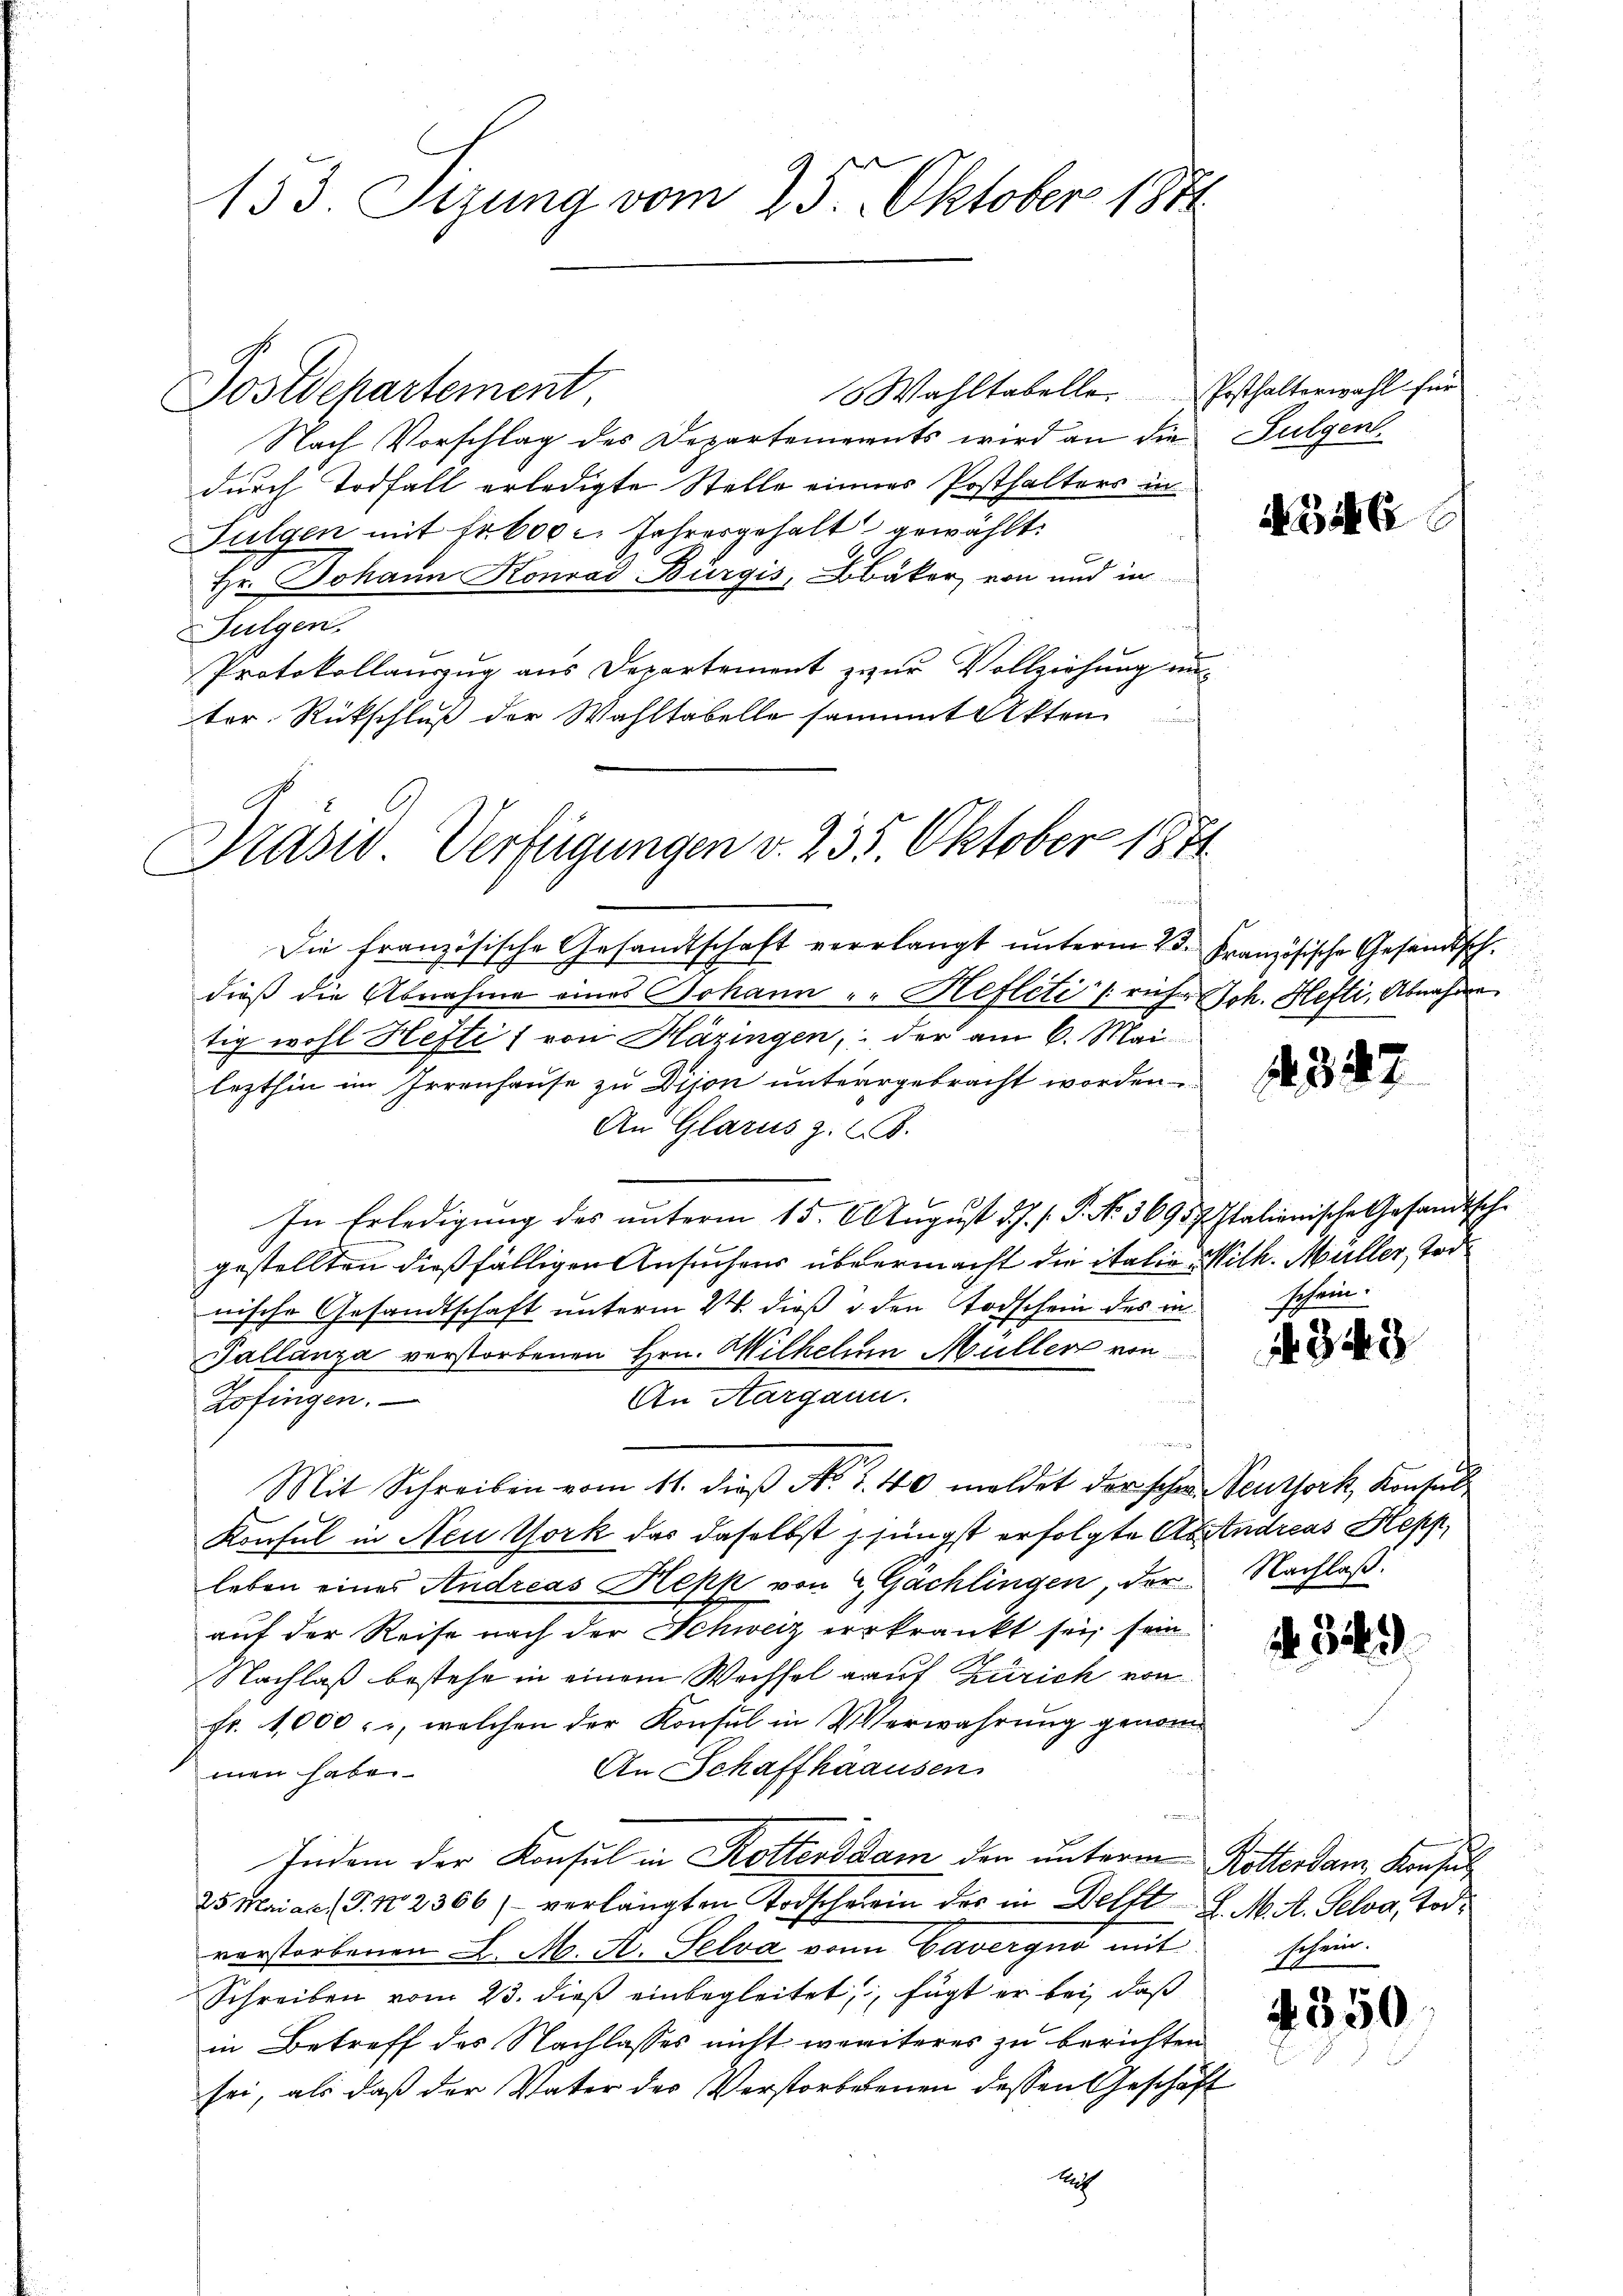
153. Sizung vom 25. Oktober 1871

Wahltabelle. Pesthalterwahl für
Postdepartement
Nach Vorschlag des Departements wird an die Fulgen.
durch Todfall erledigte Stelle eines Posthalters in
Sulgen mit Fr. 600 c. Jahresgehalt gewählt:
Hr. Johann Konrad Bürgis, Bbäker von und in
Fulgen
Protokollauszug aus Departement zur Vollziehung unter. Rückschluß der Wahltabelle sammt Akten
uierung

Prasio Verfügungen v. 235. Oktober 1871.

Die französische Gesandtschaft verlangt unterm 23. Französische Gesandtsch.
dieß die Abnahme eines Johann - Hefleti (ruf.  Joh. Hefti, Abnahme
tig wohl Hefte 1 von Häzingen, der am 6. Mai
lezthin im Irrenhause zu Dijon unterrgebracht worden
An Glarus z. B.
In Erledigung des unterm 15. August d. J. J. P. Nr. 36957. Italienische Gesandtsch-
gestellten dießfälligen Ansuchens übermacht die italie Mith. Müller, Todnische Gesandtschaft unterm 21. dieß u. den Todschein des ra
Pallanza verstorbenen Hrn. Wilhelm Müller von
An Aargann.
Zofingen.
Mit Schreiben vom 11. dieß No. 1. 40 meldet der sehen Neuthork, Konsult
Konsul in Neu York das daselbst jüngst erfolgte Abendreas Hepfleben eines Andreas Kepp von 2 Gachlingen, der Nachlaß.
auf der Reise nach der Schweiz erkrankt sei, sein
Nachlaß bestehe in einem Wechsel rauf Zürich von
fr. 1,000., welchen der Konsul in Verwahrung genom¬
An Schaffhausen
men habe.
rimm.
Indem der Konsul in Rotters dam den unterm Rotterdam Konsul
25 Mai ac (T. N. 2306) - verlangten Todscherein des in Delft d. M. A. Selva, Tod.
verstorbenen L. M. A. Selva von Cavergno mit
Schreiben vom 23. dieß einbegleitet, fügt er bei, daß
in Betreff des Nachlasses nicht weriteres zu berichten
sei, als daß der Vater des Verstorbebenen dessen Geschäft
huf

4346

23.

2

schein.

343

34)

schein.

4350